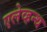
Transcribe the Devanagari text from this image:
एलेव्हन्थ